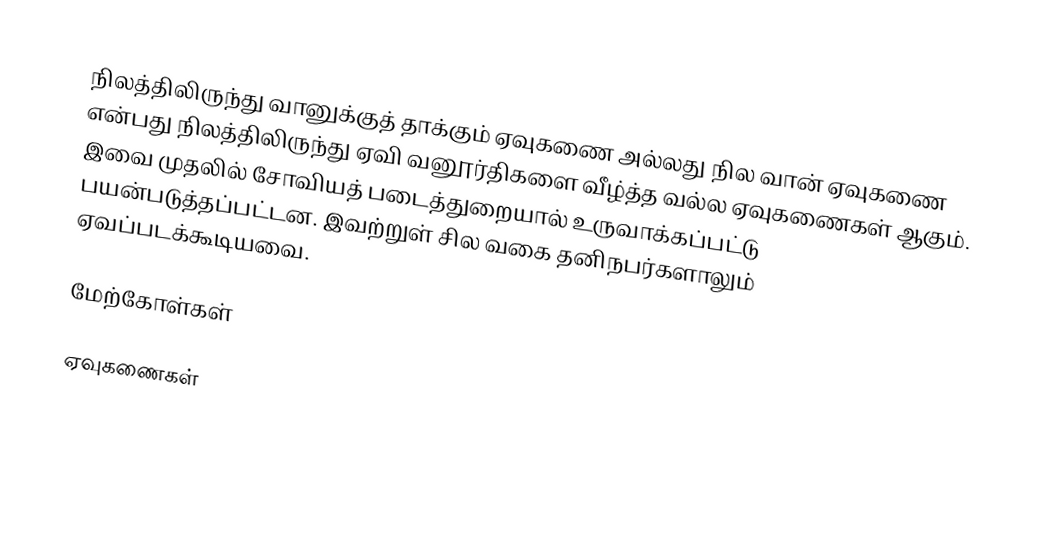
நிலத்திலிருந்து வானுக்குத் தாக்கும் ஏவுகணை அல்லது நில வான் ஏவுகணை என்பது நிலத்திலிருந்து ஏவி வனூர்திகளை வீழ்த்த வல்ல ஏவுகணைகள் ஆகும்.  இவை முதலில் சோவியத் படைத்துறையால் உருவாக்கப்பட்டு பயன்படுத்தப்பட்டன. இவற்றுள் சில வகை தனிநபர்களாலும் ஏவப்படக்கூடியவை.

மேற்கோள்கள்

ஏவுகணைகள்